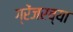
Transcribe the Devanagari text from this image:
ग्रेंजरच्या